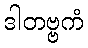
ဒါတဗ္ဗကံ